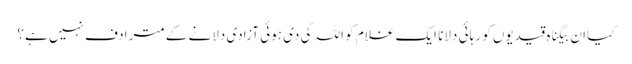
کیا ان بیگناہ قیدیوں کو رہائی دلانا ایک غلام کو اللہ کی دی ہوئی آزادی دلانے کے مترادف نہیں ہے؟